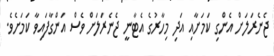
ޖެނެރަލަށް އެންގި ކަމަށާއި އަދި މިހާރުގެ އެޓާނީ ޖެނެރަލަށް ވެސް އަންގާފައިވާ ކަމަށެވެ.